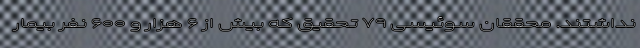
نداشتند. محققان سوئیسی ۷۹ تحقیق که بیش از ۶ هزار و ۶۰۰ نفر بیمار